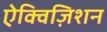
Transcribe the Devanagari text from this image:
ऐक्विज़िशन